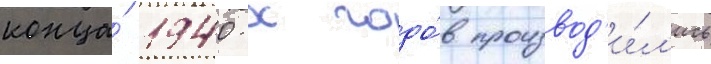
конца́ 1940-х годо́в производ'и́л'ись